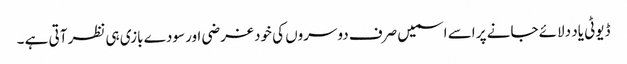
ڈیوٹی یاد دلائے جانے پر اسے اسمیں صرف دوسروں کی خودغرضی اور سودے بازی ہی نظر آتی ہے ۔